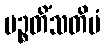
ပဉ္စတိံသတိမံ